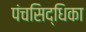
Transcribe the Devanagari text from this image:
पंचसिद्धिका